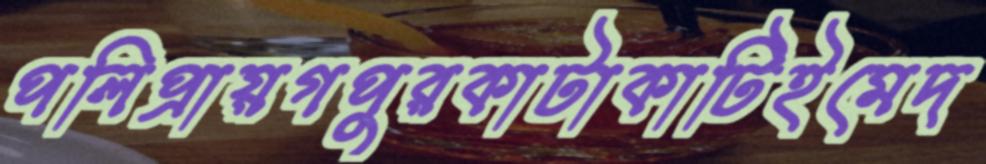
পলিপ্রায়গপুরকাটাকাটিইমেদ